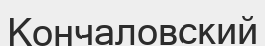
Кончаловский